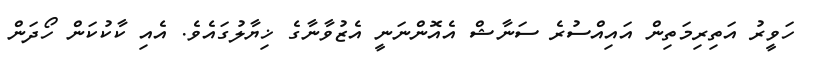
ހަވީރު އަތިރިމަތިން އައިއްސުރެ ސަނާޝް އެއޮންނަނީ އެޒުވާނާގެ ޚިޔާލުގައެވެ. އެއި ކާކުކަން ހޯދަން